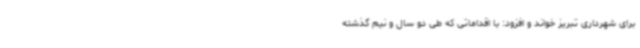
برای شهرداری تبریز خواند و افزود: با اقداماتی که طی دو سال و نیم گذشته